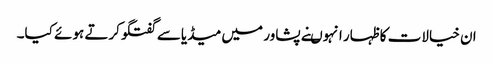
ان خیالات کا ظہار انہوںنے پشاور میں میڈیاسے گفتگوکرتے ہوئے کیا۔